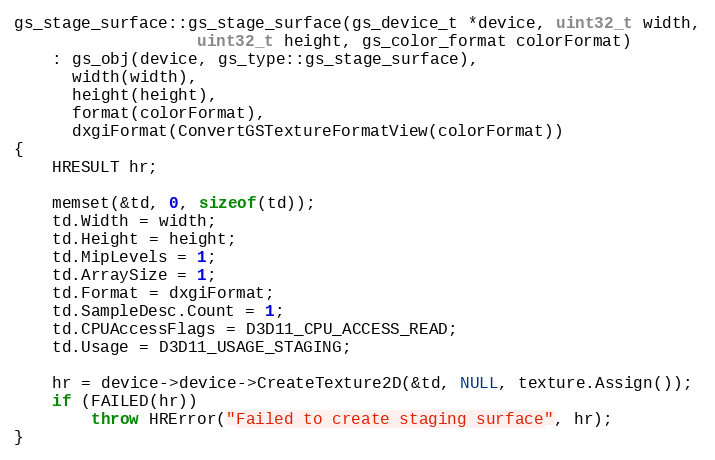
Language: C++
gs_stage_surface::gs_stage_surface(gs_device_t *device, uint32_t width,
				   uint32_t height, gs_color_format colorFormat)
	: gs_obj(device, gs_type::gs_stage_surface),
	  width(width),
	  height(height),
	  format(colorFormat),
	  dxgiFormat(ConvertGSTextureFormatView(colorFormat))
{
	HRESULT hr;

	memset(&td, 0, sizeof(td));
	td.Width = width;
	td.Height = height;
	td.MipLevels = 1;
	td.ArraySize = 1;
	td.Format = dxgiFormat;
	td.SampleDesc.Count = 1;
	td.CPUAccessFlags = D3D11_CPU_ACCESS_READ;
	td.Usage = D3D11_USAGE_STAGING;

	hr = device->device->CreateTexture2D(&td, NULL, texture.Assign());
	if (FAILED(hr))
		throw HRError("Failed to create staging surface", hr);
}